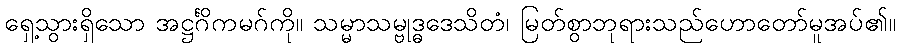
ရှေ့သွားရှိသော အဋ္ဌင်္ဂိကမဂ်ကို။ သမ္မာသမ္ဗုဒ္ဓဒေသိတံ၊ မြတ်စွာဘုရားသည်ဟောတော်မူအပ်၏။